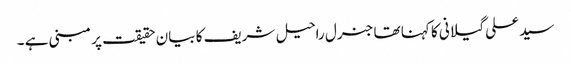
سید علی گیلانی کا کہنا تھا جنرل راحیل شریف کا بیان حقیقت پر مبنی ہے ۔